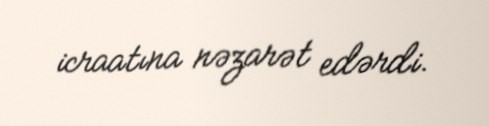
icraatına nəzarət edərdi.